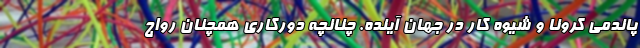
پاندمی کرونا و شیوه کار در جهان آینده. چنانچه دورکاری همچنان رواج